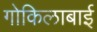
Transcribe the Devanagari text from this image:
गोकिलाबाई